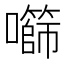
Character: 𫬧